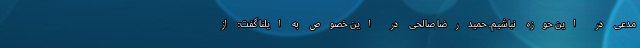
مدعی در این حوزه نباشیم. حمیدرضا صالحی در این خصوص به ایلنا گفت: از